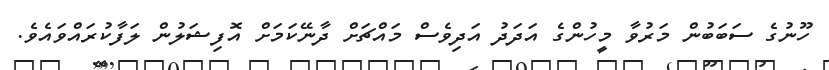
ހޫނުގެ ސަބަބުން މަރުވާ މީހުންގެ އަދަދު އަދިވެސް މައްޗަށް ދާނޭކަމަށް އޮފިޝަލުން ލަފާކުރައްވައެވެ.